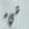
شيء